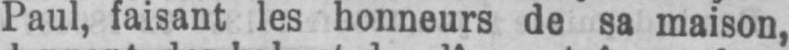
Paul, faisant les honneurs de sa maison,